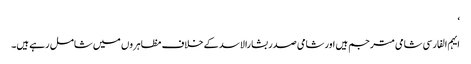
‘
ایہم الفارسی شامی مترجم ہیں اور شامی صدر بشارالاسد کے خلاف مظاہروں میں شامل رہے ہیں۔